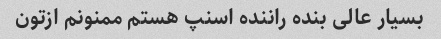
بسیار عالی بنده راننده اسنپ هستم ممنونم ازتون